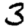
Digit: 3